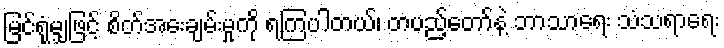
မြင်ရုံမျှဖြင့် စိတ်အေးချမ်းမှုကို ရကြပါတယ်၊ တပည့်တော်နဲ့ ဘာသာရေး သံသရာရေး